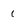
Character: 1